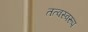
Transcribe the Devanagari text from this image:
तत्वस्वरूप